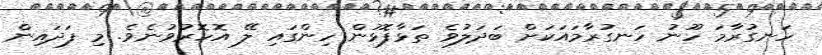
ހަނގުރާމަ ހޫނު ހަނގުރާމައަކަށް ބަދަލުވެ ތަޅާފޮޅުން ހިންގައި ލޭ އޮހޮރުވުނެވެ. މި ފަދައިން